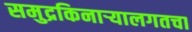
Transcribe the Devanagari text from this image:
समुद्रकिनार्‍यालगतचा